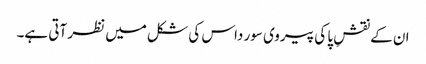
ان کے نقشِ پا کی پیروی سور داس کی شکل میں نظر آتی ہے۔